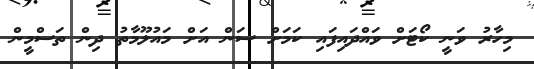
މިހާރު ވަނީ ކޯޓަށް ވައްދައިފައި ކަމަށް ސަން އަށް މައުލޫމާތު ދިން ތަސްމީން